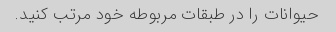
حیوانات را در طبقات مربوطه خود مرتب کنید.